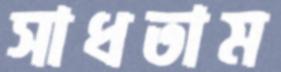
সাধতাম